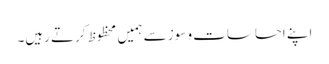
اپنے احساسات و سوز سے ہمیں محظوظ کرتے رہیں۔